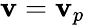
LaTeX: {\mathbf{v}}={\mathbf{v}}_{p}